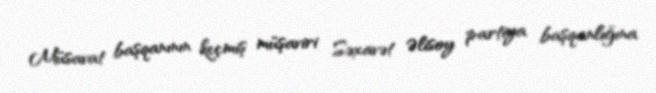
Müsavat başqanının keçmiş müşaviri Səxavət Əlisoy partiya başqanlığına